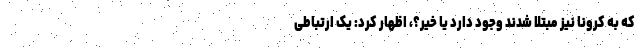
که به کرونا نیز مبتلا شدند وجود دارد یا خیر؟، اظهار کرد: یک ارتباطی